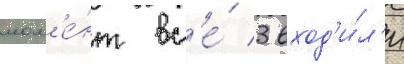
мом'е́нт вс'е́ 3 вход'и́л'и